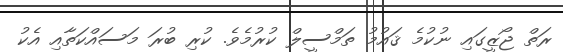
ރަތް ޖޯޒީގައި ނުކުމެ ޤައުމު ތަމްސީލް ކުރުމެވެ. ކުރި ބުރަ މަސައްކަތާއި އެކު